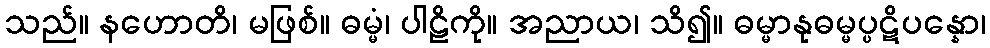
သည်။ နဟောတိ၊ မဖြစ်။ ဓမ္မံ၊ ပါဠိကို။ အညာယ၊ သိ၍။ ဓမ္မာနုဓမ္မပ္ပဋိပန္နော၊